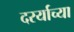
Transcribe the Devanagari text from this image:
दरर्याच्या